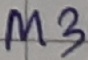
Text: M3